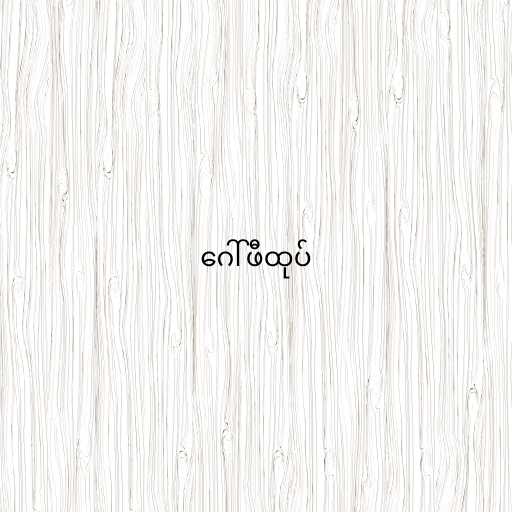
ဂေါ်ဖီထုပ်